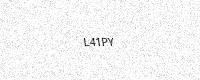
Text: L41PY